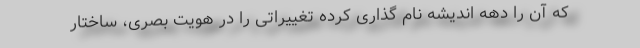
که‌ آن را دهه اندیشه نام گذاری کرده تغییراتی را در هویت بصری، ساختار